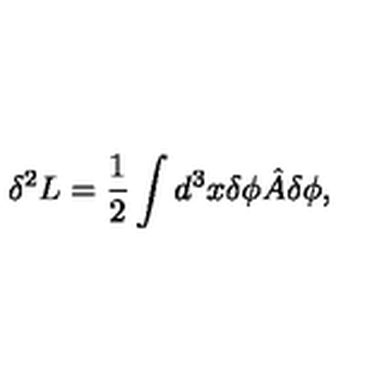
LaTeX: \delta ^ { 2 } L = \frac { 1 } { 2 } \int d ^ { 3 } x \delta \phi { \hat { A } } \delta \phi ,